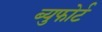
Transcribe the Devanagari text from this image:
ब्युफोर्ट